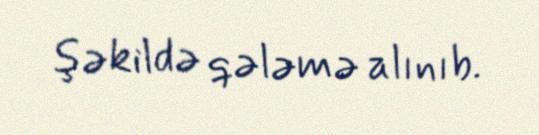
şəkildə qələmə alınıb.